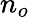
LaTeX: n_{o}